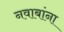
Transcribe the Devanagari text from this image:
नवाबांना